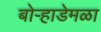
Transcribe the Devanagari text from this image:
बोऱ्हाडेमळा